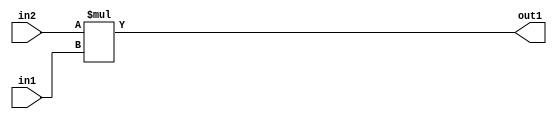
`timescale 1ps / 1ps
/*****************************************************************************
    Verilog RTL Description
    
    
    Created by: Stratus DpOpt 21.05.01 
*******************************************************************************/

module SobelFilter_Mul_33Sx3U_33S_1 (
	in2,
	in1,
	out1
	); /* architecture "behavioural" */ 
input [32:0] in2;
input [2:0] in1;
output [32:0] out1;
wire [32:0] asc001;

assign asc001 = 
	+(in2 * in1);

assign out1 = asc001;
endmodule

/* CADENCE  ubD3Qgg= : u9/ySxbfrwZIxEzHVQQV8Q== ** DO NOT EDIT THIS LINE ******/